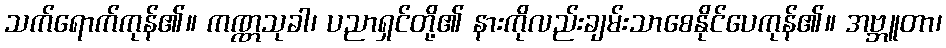
သက်ရောက်ကုန်၏။ ကဏ္ဏသုခါ၊ ပညာရှင်တို့၏ နားကိုလည်းချမ်းသာစေနိုင်ပေကုန်၏။ အဗ္ဘူတာ၊